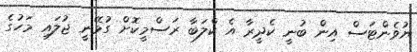
ޔުވެންޓަސް އިން ބުނީ ކެދީރާ އެ ކްލަބާ ރަސްމީކޮށް ގުޅޭނީ ޖުލައި މަހުގެ